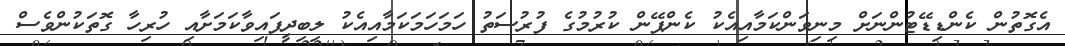
އެގޮތުން ކެންޑިޑޭޓުންނަށް މިނިވަންކަމާއިއެކު ކެންޕޭން ކުރުމުގެ ފުރުސަތު ހަމަހަމަކަމާއިއެކު ލިބިދީފައިވާކަމަށާއި ހުރިހާ ގޮތަކުންވެސް